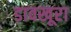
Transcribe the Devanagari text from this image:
डावखूरा